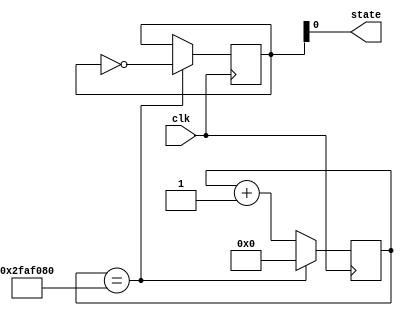
module contador (
    input clk,
    output state);

    reg [28:0]count;
    reg [1:0] lig;

    assign state = (lig);

    always @ (posedge clk ) begin
      count <= count + 1;
      if (count == 50000000) begin
        lig <= ~lig;
        count <= 0;
      end
    end

endmodule //

module led (
    input CLOCK_50,
    output [7:0] LEDG,
	 output [9:0] LEDR
	 );

    wire state;

    contador LED(CLOCK_50, state);

    assign  LEDG[0] = state;
	 assign  LEDG[1] = ~state;
	 assign  LEDG[2] = state;
	 assign  LEDG[3] = ~state;
	 assign  LEDG[4] = state;
	 assign  LEDG[5] = ~state;
	 assign  LEDG[6] = state;
	 assign  LEDG[7] = ~state;
	 assign  LEDR[0] = state;
	 assign  LEDR[1] = ~state;
	 assign  LEDR[2] = state;
	 assign  LEDR[3] = ~state;
	 assign  LEDR[4] = state;
	 assign  LEDR[5] = ~state;
	 assign  LEDR[6] = state;
	 assign  LEDR[7] = ~state;
	 assign  LEDR[8] = state;
	 assign  LEDR[9] = ~state;
	 

endmodule //

/*module teste;
	
	reg clk;
	wire saida;	

	led lig(clk, saida);

	always #2 begin
		clk <= ~clk;
	end
	
	initial begin 
		$dumpvars(0, clk, lig);
		#5;
		clk <= 0;
		#5;
		#300;
		$finish;
	end

endmodule // */